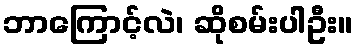
ဘာကြောင့်လဲ၊ ဆိုစမ်းပါဦး။